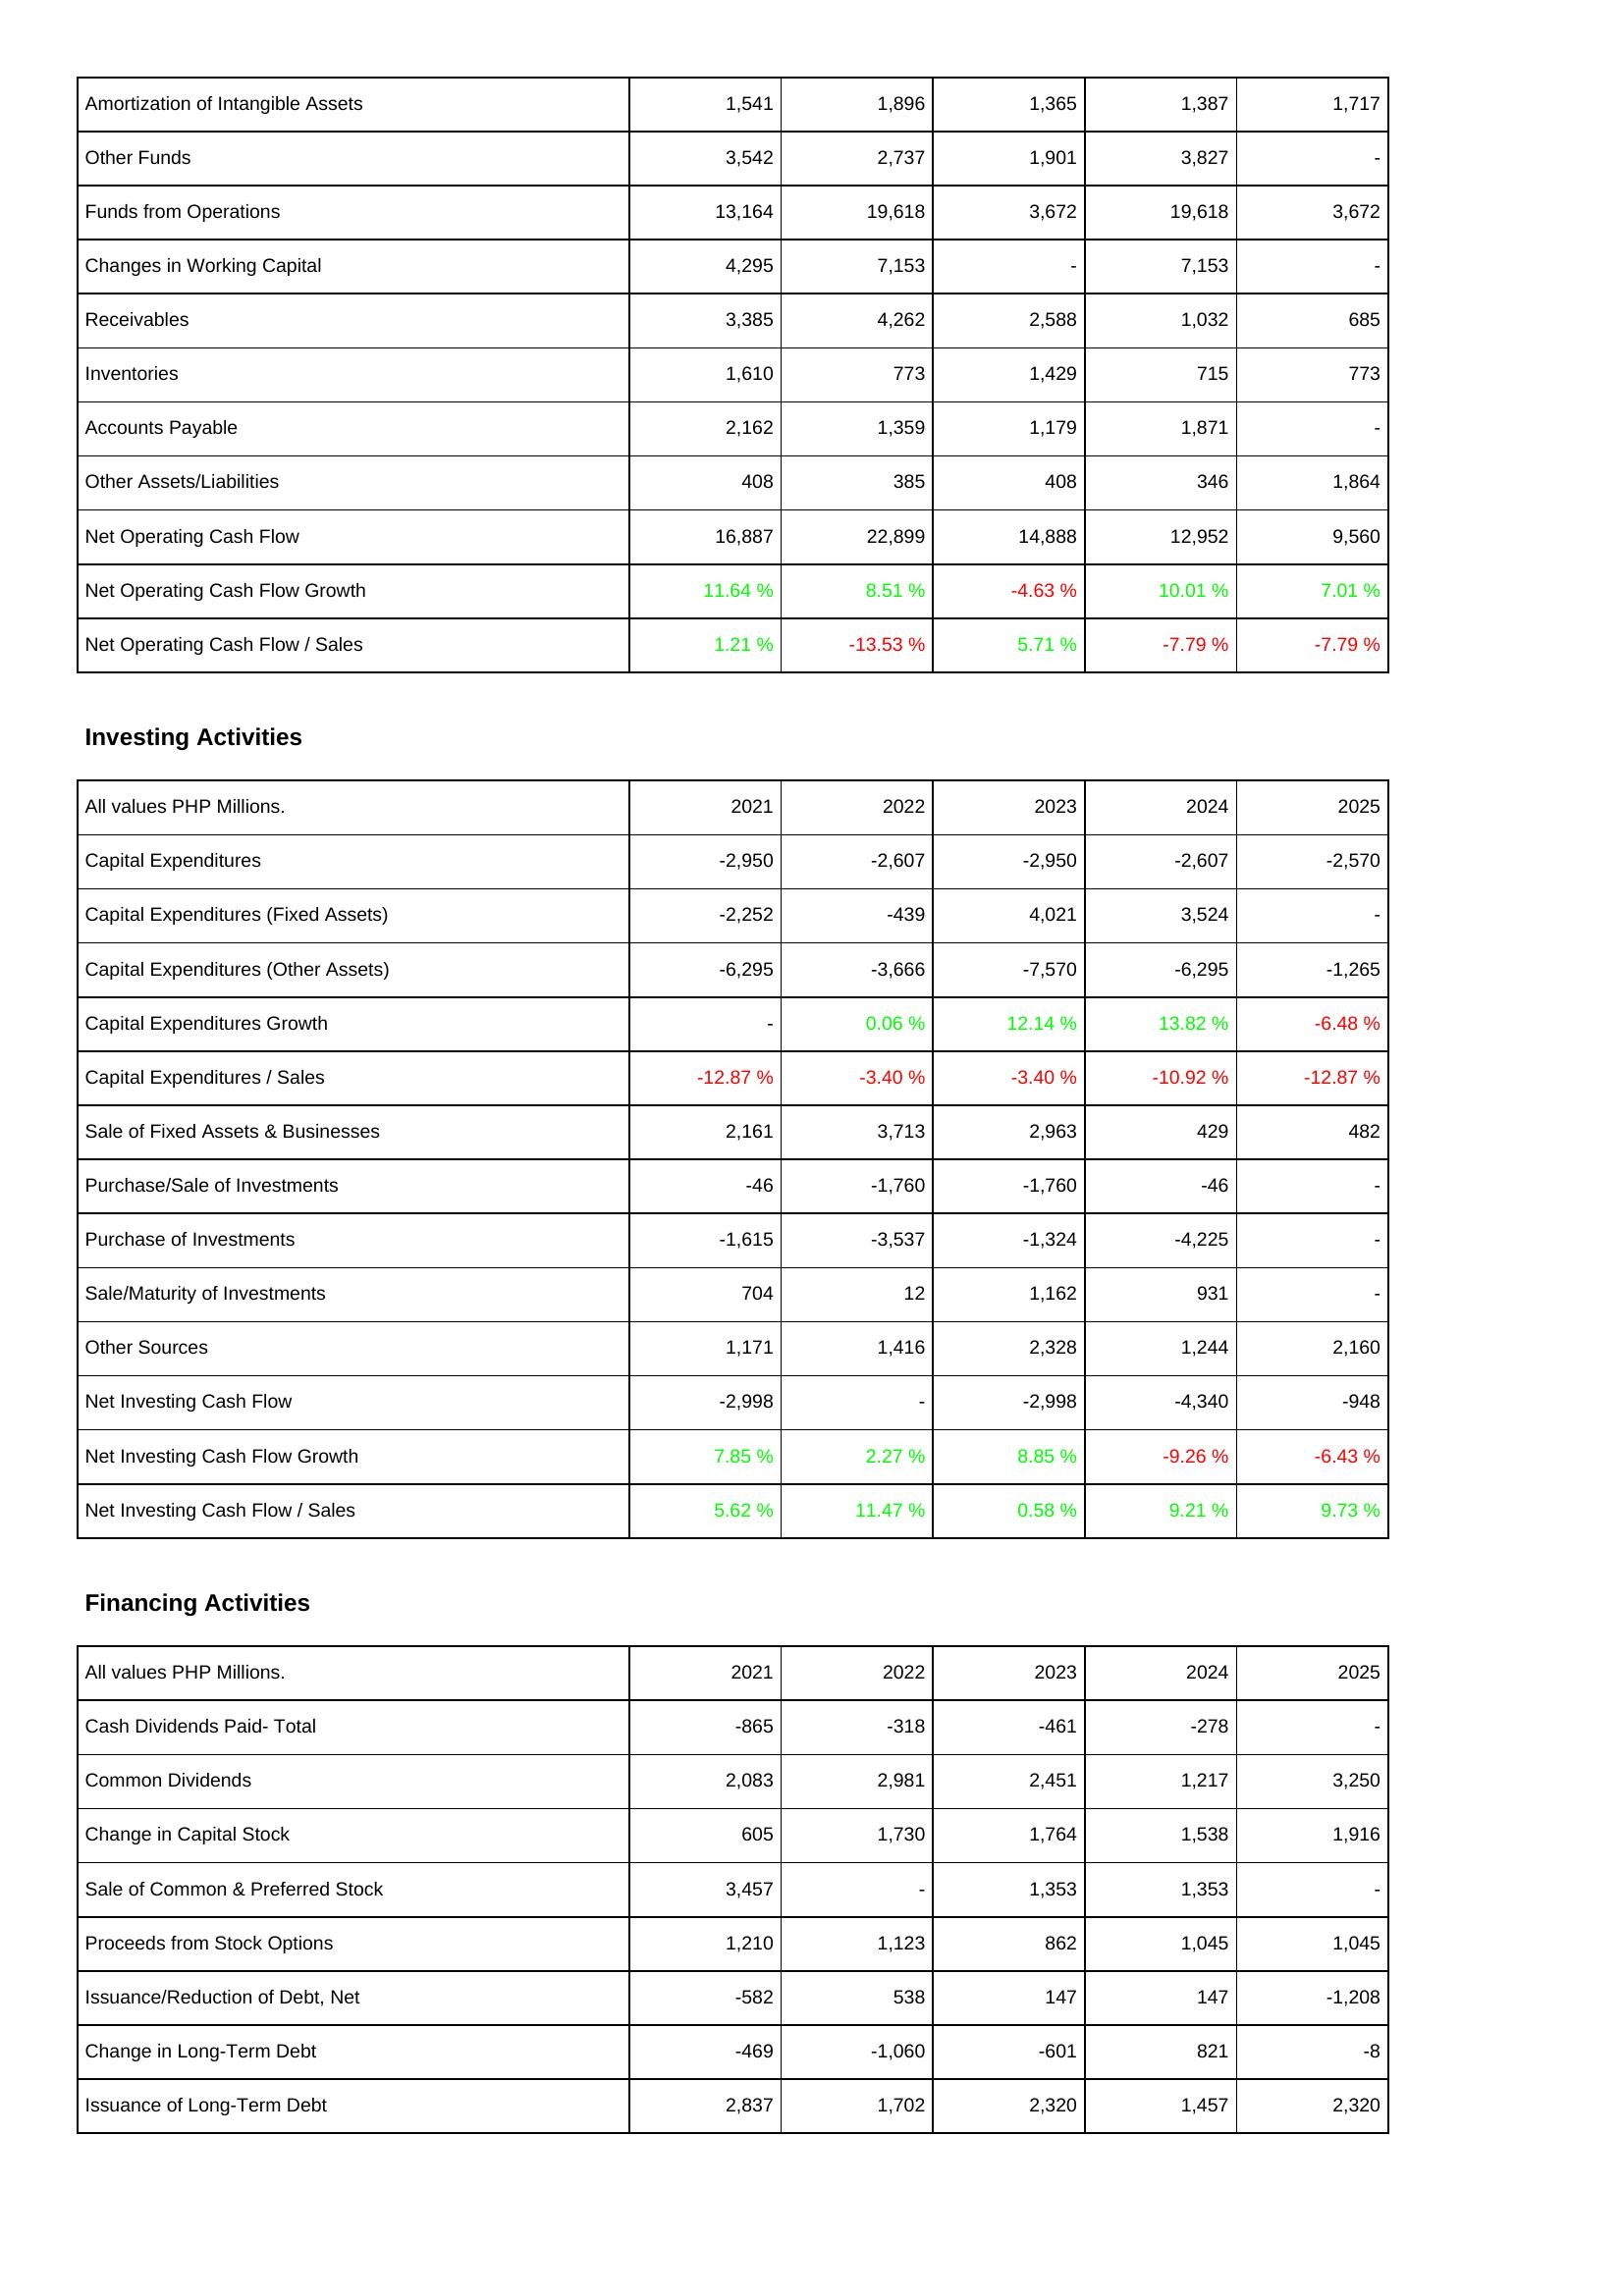
2021: Operating Activities: Amortization of Intangible Assets: 1,541
Other Funds: 3,542
Funds from Operations: 13,164
Changes in Working Capital: 4,295
Receivables: 3,385
Inventories: 1,610
Accounts Payable: 2,162
Other Assets/Liabilities: 408
Net Operating Cash Flow: 16,887
Net Operating Cash Flow Growth: 11.64 %
Net Operating Cash Flow / Sales: 1.21 %
Investing Activities: Capital Expenditures: -2,950
Capital Expenditures (Fixed Assets): -2,252
Capital Expenditures (Other Assets): -6,295
Capital Expenditures Growth: -
Capital Expenditures / Sales: -12.87 %
Sale of Fixed Assets & Businesses: 2,161
Purchase/Sale of Investments: -46
Purchase of Investments: -1,615
Sale/Maturity of Investments: 704
Other Sources: 1,171
Net Investing Cash Flow: -2,998
Net Investing Cash Flow Growth: 7.85 %
Net Investing Cash Flow / Sales: 5.62 %
Financing Activities: Cash Dividends Paid- Total: -865
Common Dividends: 2,083
Change in Capital Stock: 605
Sale of Common & Preferred Stock: 3,457
Proceeds from Stock Options: 1,210
Issuance/Reduction of Debt, Net: -582
Change in Long-Term Debt: -469
Issuance of Long-Term Debt: 2,837
2022: Operating Activities: Amortization of Intangible Assets: 1,896
Other Funds: 2,737
Funds from Operations: 19,618
Changes in Working Capital: 7,153
Receivables: 4,262
Inventories: 773
Accounts Payable: 1,359
Other Assets/Liabilities: 385
Net Operating Cash Flow: 22,899
Net Operating Cash Flow Growth: 8.51 %
Net Operating Cash Flow / Sales: -13.53 %
Investing Activities: Capital Expenditures: -2,607
Capital Expenditures (Fixed Assets): -439
Capital Expenditures (Other Assets): -3,666
Capital Expenditures Growth: 0.06 %
Capital Expenditures / Sales: -3.40 %
Sale of Fixed Assets & Businesses: 3,713
Purchase/Sale of Investments: -1,760
Purchase of Investments: -3,537
Sale/Maturity of Investments: 12
Other Sources: 1,416
Net Investing Cash Flow: -
Net Investing Cash Flow Growth: 2.27 %
Net Investing Cash Flow / Sales: 11.47 %
Financing Activities: Cash Dividends Paid- Total: -318
Common Dividends: 2,981
Change in Capital Stock: 1,730
Sale of Common & Preferred Stock: -
Proceeds from Stock Options: 1,123
Issuance/Reduction of Debt, Net: 538
Change in Long-Term Debt: -1,060
Issuance of Long-Term Debt: 1,702
2023: Operating Activities: Amortization of Intangible Assets: 1,365
Other Funds: 1,901
Funds from Operations: 3,672
Changes in Working Capital: -
Receivables: 2,588
Inventories: 1,429
Accounts Payable: 1,179
Other Assets/Liabilities: 408
Net Operating Cash Flow: 14,888
Net Operating Cash Flow Growth: -4.63 %
Net Operating Cash Flow / Sales: 5.71 %
Investing Activities: Capital Expenditures: -2,950
Capital Expenditures (Fixed Assets): 4,021
Capital Expenditures (Other Assets): -7,570
Capital Expenditures Growth: 12.14 %
Capital Expenditures / Sales: -3.40 %
Sale of Fixed Assets & Businesses: 2,963
Purchase/Sale of Investments: -1,760
Purchase of Investments: -1,324
Sale/Maturity of Investments: 1,162
Other Sources: 2,328
Net Investing Cash Flow: -2,998
Net Investing Cash Flow Growth: 8.85 %
Net Investing Cash Flow / Sales: 0.58 %
Financing Activities: Cash Dividends Paid- Total: -461
Common Dividends: 2,451
Change in Capital Stock: 1,764
Sale of Common & Preferred Stock: 1,353
Proceeds from Stock Options: 862
Issuance/Reduction of Debt, Net: 147
Change in Long-Term Debt: -601
Issuance of Long-Term Debt: 2,320
2024: Operating Activities: Amortization of Intangible Assets: 1,387
Other Funds: 3,827
Funds from Operations: 19,618
Changes in Working Capital: 7,153
Receivables: 1,032
Inventories: 715
Accounts Payable: 1,871
Other Assets/Liabilities: 346
Net Operating Cash Flow: 12,952
Net Operating Cash Flow Growth: 10.01 %
Net Operating Cash Flow / Sales: -7.79 %
Investing Activities: Capital Expenditures: -2,607
Capital Expenditures (Fixed Assets): 3,524
Capital Expenditures (Other Assets): -6,295
Capital Expenditures Growth: 13.82 %
Capital Expenditures / Sales: -10.92 %
Sale of Fixed Assets & Businesses: 429
Purchase/Sale of Investments: -46
Purchase of Investments: -4,225
Sale/Maturity of Investments: 931
Other Sources: 1,244
Net Investing Cash Flow: -4,340
Net Investing Cash Flow Growth: -9.26 %
Net Investing Cash Flow / Sales: 9.21 %
Financing Activities: Cash Dividends Paid- Total: -278
Common Dividends: 1,217
Change in Capital Stock: 1,538
Sale of Common & Preferred Stock: 1,353
Proceeds from Stock Options: 1,045
Issuance/Reduction of Debt, Net: 147
Change in Long-Term Debt: 821
Issuance of Long-Term Debt: 1,457
2025: Operating Activities: Amortization of Intangible Assets: 1,717
Other Funds: -
Funds from Operations: 3,672
Changes in Working Capital: -
Receivables: 685
Inventories: 773
Accounts Payable: -
Other Assets/Liabilities: 1,864
Net Operating Cash Flow: 9,560
Net Operating Cash Flow Growth: 7.01 %
Net Operating Cash Flow / Sales: -7.79 %
Investing Activities: Capital Expenditures: -2,570
Capital Expenditures (Fixed Assets): -
Capital Expenditures (Other Assets): -1,265
Capital Expenditures Growth: -6.48 %
Capital Expenditures / Sales: -12.87 %
Sale of Fixed Assets & Businesses: 482
Purchase/Sale of Investments: -
Purchase of Investments: -
Sale/Maturity of Investments: -
Other Sources: 2,160
Net Investing Cash Flow: -948
Net Investing Cash Flow Growth: -6.43 %
Net Investing Cash Flow / Sales: 9.73 %
Financing Activities: Cash Dividends Paid- Total: -
Common Dividends: 3,250
Change in Capital Stock: 1,916
Sale of Common & Preferred Stock: -
Proceeds from Stock Options: 1,045
Issuance/Reduction of Debt, Net: -1,208
Change in Long-Term Debt: -8
Issuance of Long-Term Debt: 2,320